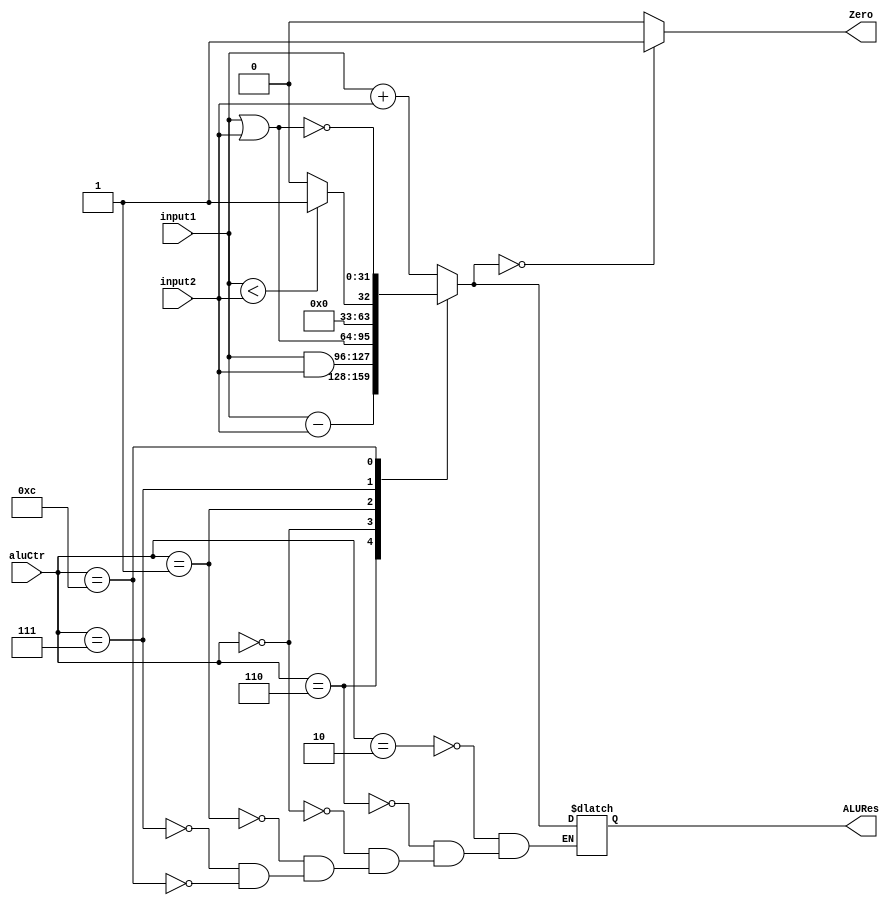
`timescale 1ns / 1ps
//////////////////////////////////////////////////////////////////////////////////
// Company: 
// Engineer: 
// 
// Design Name: 
// Module Name: Alu
// Project Name: 
// Target Devices: 
// Tool Versions: 
// Description: 
// 
// Dependencies: 
// 
// Revision:
// Revision 0.01 - File Created
// Additional Comments:
// 
//////////////////////////////////////////////////////////////////////////////////


module Alu(input [31:0] input1,input [31:0] input2,
    input [3:0] aluCtr,output Zero,output [31:0] ALURes);
    reg zero;
    reg [31:0] aluRes;
    always @ (input1 or input2 or aluCtr)
    begin
        case (aluCtr)
            4'b0010: //add
                aluRes = input1 + input2;   
            4'b0110: //sub
                aluRes = input1 - input2;
            4'b0000: //AND
                aluRes = input1 & input2;
            4'b0001: //OR
                aluRes = input1 | input2;
            4'b0111: // set less than
                if (input1<input2)
                    aluRes = 1;
                else
                    aluRes = 0;
            4'b1100: //NOR
            begin
                aluRes = input1 | input2;
                aluRes = ~aluRes;
            end
        endcase
         if (aluRes == 0)
                    zero = 1;
                else
                    zero = 0;
    end
    assign Zero = zero;
    assign ALURes = aluRes;
endmodule